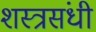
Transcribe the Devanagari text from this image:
शस्त्रसंधी